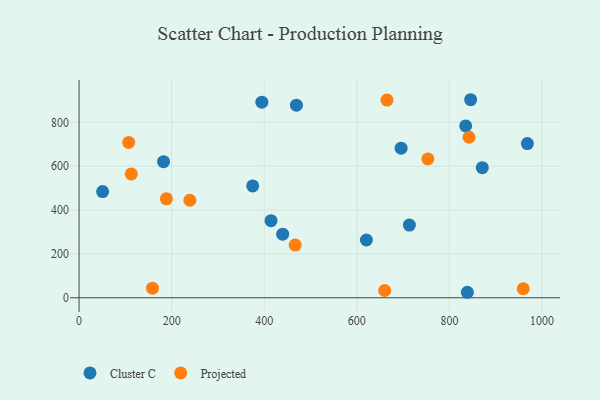
{"axis": {"x": "Distance", "y": "Sales"}, "legend": ["Cluster C", "Projected"], "data": [{"x": "182.5", "y": 620.5, "type": "Cluster C"}, {"x": "375.1", "y": 510.0, "type": "Cluster C"}, {"x": "968.5", "y": 703.1, "type": "Cluster C"}, {"x": "838.8", "y": 25.1, "type": "Cluster C"}, {"x": "469.6", "y": 878.2, "type": "Cluster C"}, {"x": "713.6", "y": 331.5, "type": "Cluster C"}, {"x": "394.9", "y": 891.7, "type": "Cluster C"}, {"x": "846.0", "y": 903.0, "type": "Cluster C"}, {"x": "50.9", "y": 484.2, "type": "Cluster C"}, {"x": "620.7", "y": 263.5, "type": "Cluster C"}, {"x": "871.1", "y": 593.2, "type": "Cluster C"}, {"x": "439.9", "y": 289.9, "type": "Cluster C"}, {"x": "695.7", "y": 682.2, "type": "Cluster C"}, {"x": "835.2", "y": 783.5, "type": "Cluster C"}, {"x": "414.7", "y": 351.5, "type": "Cluster C"}, {"x": "239.3", "y": 444.6, "type": "Projected"}, {"x": "665.3", "y": 901.5, "type": "Projected"}, {"x": "842.5", "y": 731.9, "type": "Projected"}, {"x": "466.9", "y": 240.1, "type": "Projected"}, {"x": "158.6", "y": 43.9, "type": "Projected"}, {"x": "112.8", "y": 564.6, "type": "Projected"}, {"x": "188.6", "y": 451.2, "type": "Projected"}, {"x": "959.6", "y": 41.2, "type": "Projected"}, {"x": "107.2", "y": 708.3, "type": "Projected"}, {"x": "753.5", "y": 633.3, "type": "Projected"}, {"x": "660.2", "y": 33.2, "type": "Projected"}]}